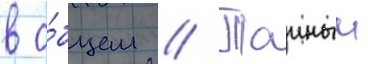
в о́бщем // Таиныи